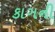
કાગની